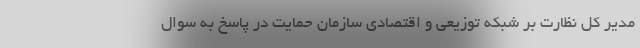
مدیر کل نظارت بر شبکه توزیعی و اقتصادی سازمان حمایت در پاسخ به سوال